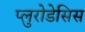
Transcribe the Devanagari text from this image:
प्लुरोडेसिस